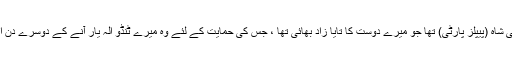
دیہات سے صوبائی اسمبلی کا امیدوار ، امید علی شاہ (پیپلز پارٹی) تھا جو میرے دوست کا تایا زاد بھائی تھا ، جس کی حمایت کے لئے وہ میرے ٹنڈو الہ یار آنے کے دوسرے دن امید علی شاہ کے ساتھ مجھ سے ملنے پہنچ گیا ۔